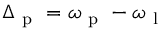
\Delta _ { \mathrm { ~ p ~ } } = \omega _ { \mathrm { ~ p ~ } } - \omega _ { \mathrm { ~ l ~ } }